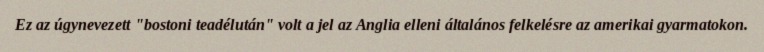
Ez az úgynevezett "bostoni teadélután" volt a jel az Anglia elleni általános felkelésre az amerikai gyarmatokon.